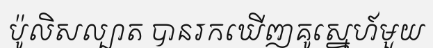
ប៉ូលិសល្បាត បានរកឃើញគូស្នេហ៍មួយ